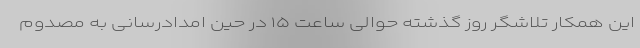
این همکار تلاشگر روز گذشته حوالی ساعت ۱۵ در حین امدادرسانی به مصدوم